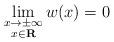
LaTeX: \begin{align*}\lim_{\begin{subarray}{c} x \to \pm \infty \\ x \in \mathbf{R} \end{subarray}} w(x) = 0\end{align*}